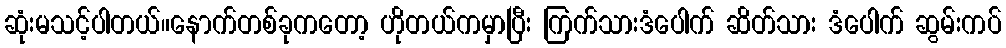
ဆုံးမသင့်ပါတယ်။နောက်တစ်ခုကတော့ ဟိုတယ်ကမှာပြီး ကြက်သားဒံပေါက် ဆိတ်သား ဒံပေါက် ဆွမ်းကပ်